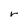
Character: r